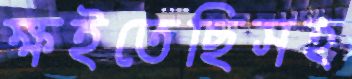
ক্ষইতেছিসহ